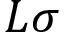
L \sigma